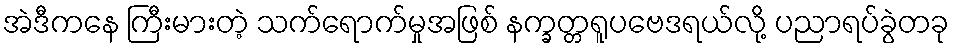
အဲဒီကနေ ကြီးမားတဲ့ သက်ရောက်မှုအဖြစ် နက္ခတ္တရူပဗေဒရယ်လို့ ပညာရပ်ခွဲတခု